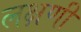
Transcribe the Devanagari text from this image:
लक्षणी